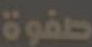
صفوة